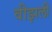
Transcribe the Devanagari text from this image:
वीझली